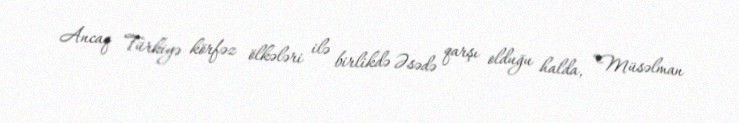
Ancaq Türkiyə körfəz ölkələri ilə birlikdə Əsədə qarşı olduğu halda, “Müsəlman